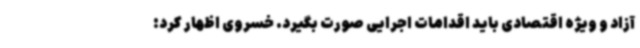
آزاد و ویژه اقتصادی باید اقدامات اجرایی صورت بگیرد. خسروی اظهار کرد: